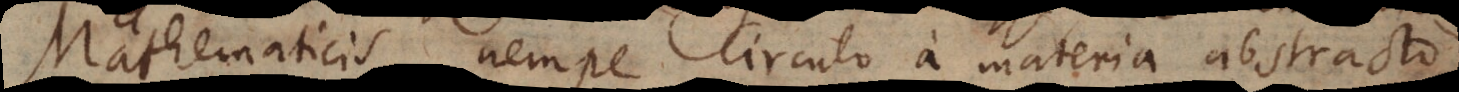
Mathematicis, nempe Circulo a materia abstracto,